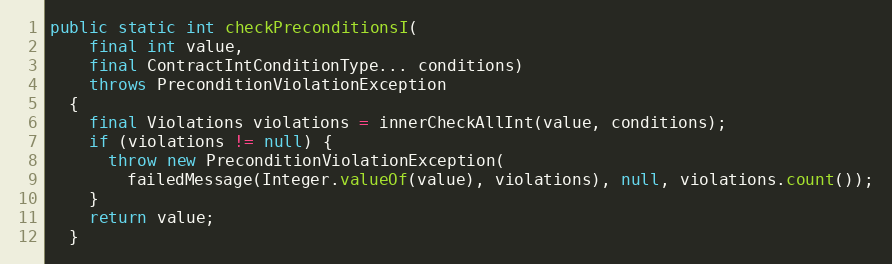
Language: Java
public static int checkPreconditionsI(
    final int value,
    final ContractIntConditionType... conditions)
    throws PreconditionViolationException
  {
    final Violations violations = innerCheckAllInt(value, conditions);
    if (violations != null) {
      throw new PreconditionViolationException(
        failedMessage(Integer.valueOf(value), violations), null, violations.count());
    }
    return value;
  }